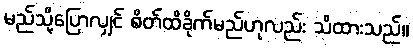
မည်သို့ပြောလျှင် စိတ်ထိခိုက်မည်ဟုလည်း သိထားသည်။